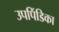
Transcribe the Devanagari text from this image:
उपपिंडिका